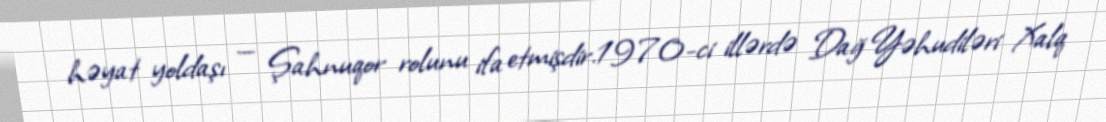
həyat yoldaşı — Şahnuqor rolunu ifa etmişdir.1970-ci illərdə Dağ Yəhudiləri Xalq